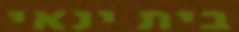
בית ינאי